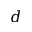
d